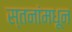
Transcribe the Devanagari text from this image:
स्तनांमधून